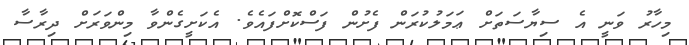
މިހާރު ވަނީ އެ ސިޔާސަތަށް ޢަމަލުކުރަން ފެށުން ފަސްކޮށްފައެވެ. އެކަށީގެންވާ މިންވަރަށް ދިރާސާ